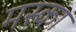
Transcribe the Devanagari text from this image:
मस्का